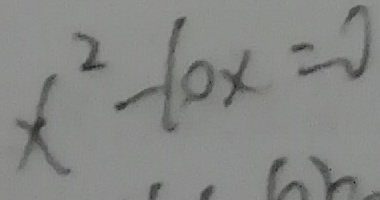
x ^ { 2 } - 1 0 x = 0